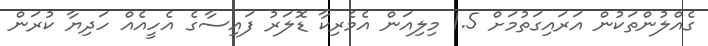
ގެއްލުންތަކުން އަރައިގަތުމަށް 1.5 މިލިއަން އެމެރިކާ ޑޮލަރު ފައިސާގެ އެހީއެއް ހަދިޔާ ކުރަން